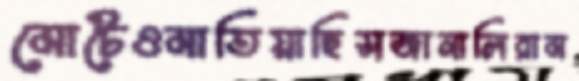
মোটেওমাতিয়াছিসজানালিরাম